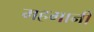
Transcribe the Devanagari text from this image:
महगानी